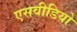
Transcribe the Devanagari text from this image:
एसवीडियो